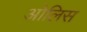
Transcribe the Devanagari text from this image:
ओलिस